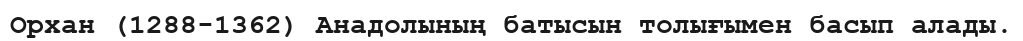
Орхан (1288-1362) Анадолының батысын толығымен басып алады.